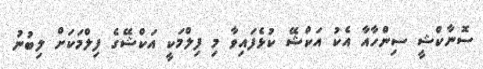
ސޮނާކްޝީ ސިންހާއާ އެކު އަކްޝޭ ކުޅެފައިވާ މި ފިލްމަކީ އަކްޝޭގެ ފިލްމަކަށް ލިބުނު